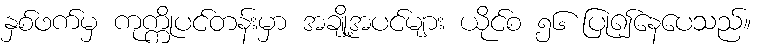
နှစ်ဖက်မှ ကုက္ကိုပင်တန်းမှာ အချို့အပင်များ ယိုင်စ ၅၆ ပြု၍နေပေသည်။